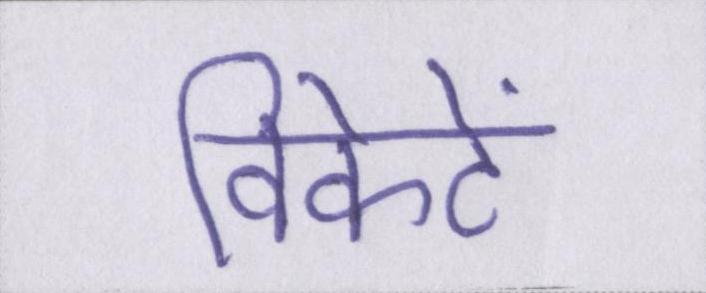
विकेटें